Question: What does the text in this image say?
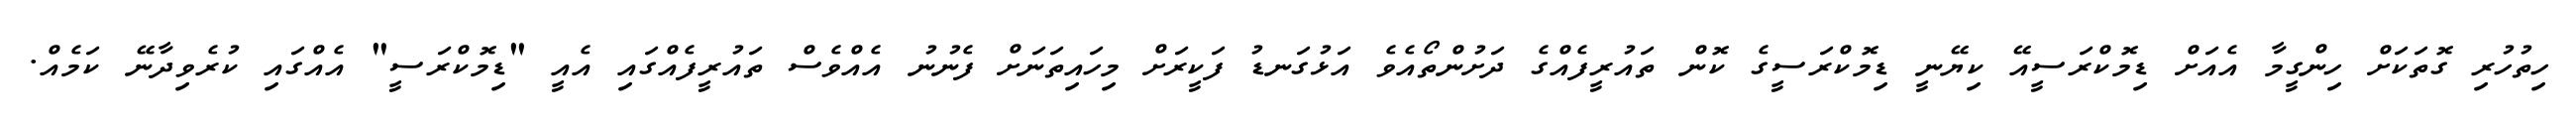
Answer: ހިތުހުރި ގޮތަކަށް ހިންގީމާ އެއަށް ޑިމޮކްރަސީއޭ ކިޔޭނީ ޑިމޮކްރަސީގެ ކޮން ތައުރީފެއްގެ ދަށުންތޯއެވެ އަޅުގަނޑު ފަކީރަށް މިހައިތަނަށް ފެނުނު އެއްވެސް ތައުރީފެއްގައި އެއީ "ޑިމޮކްރަސީ" އެއްގައި ކުރެވިދާނޭ ކަމެއް.